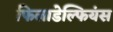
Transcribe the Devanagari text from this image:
फिलाडेल्फियंस